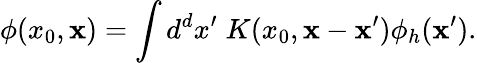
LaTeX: \phi(x_{0},{\mathbf x})=\int d^{d}x^{\prime}\; K(x_{0},{\mathbf x}-{\mathbf x}^{\prime})\phi_{h}({\mathbf x}^{\prime}).